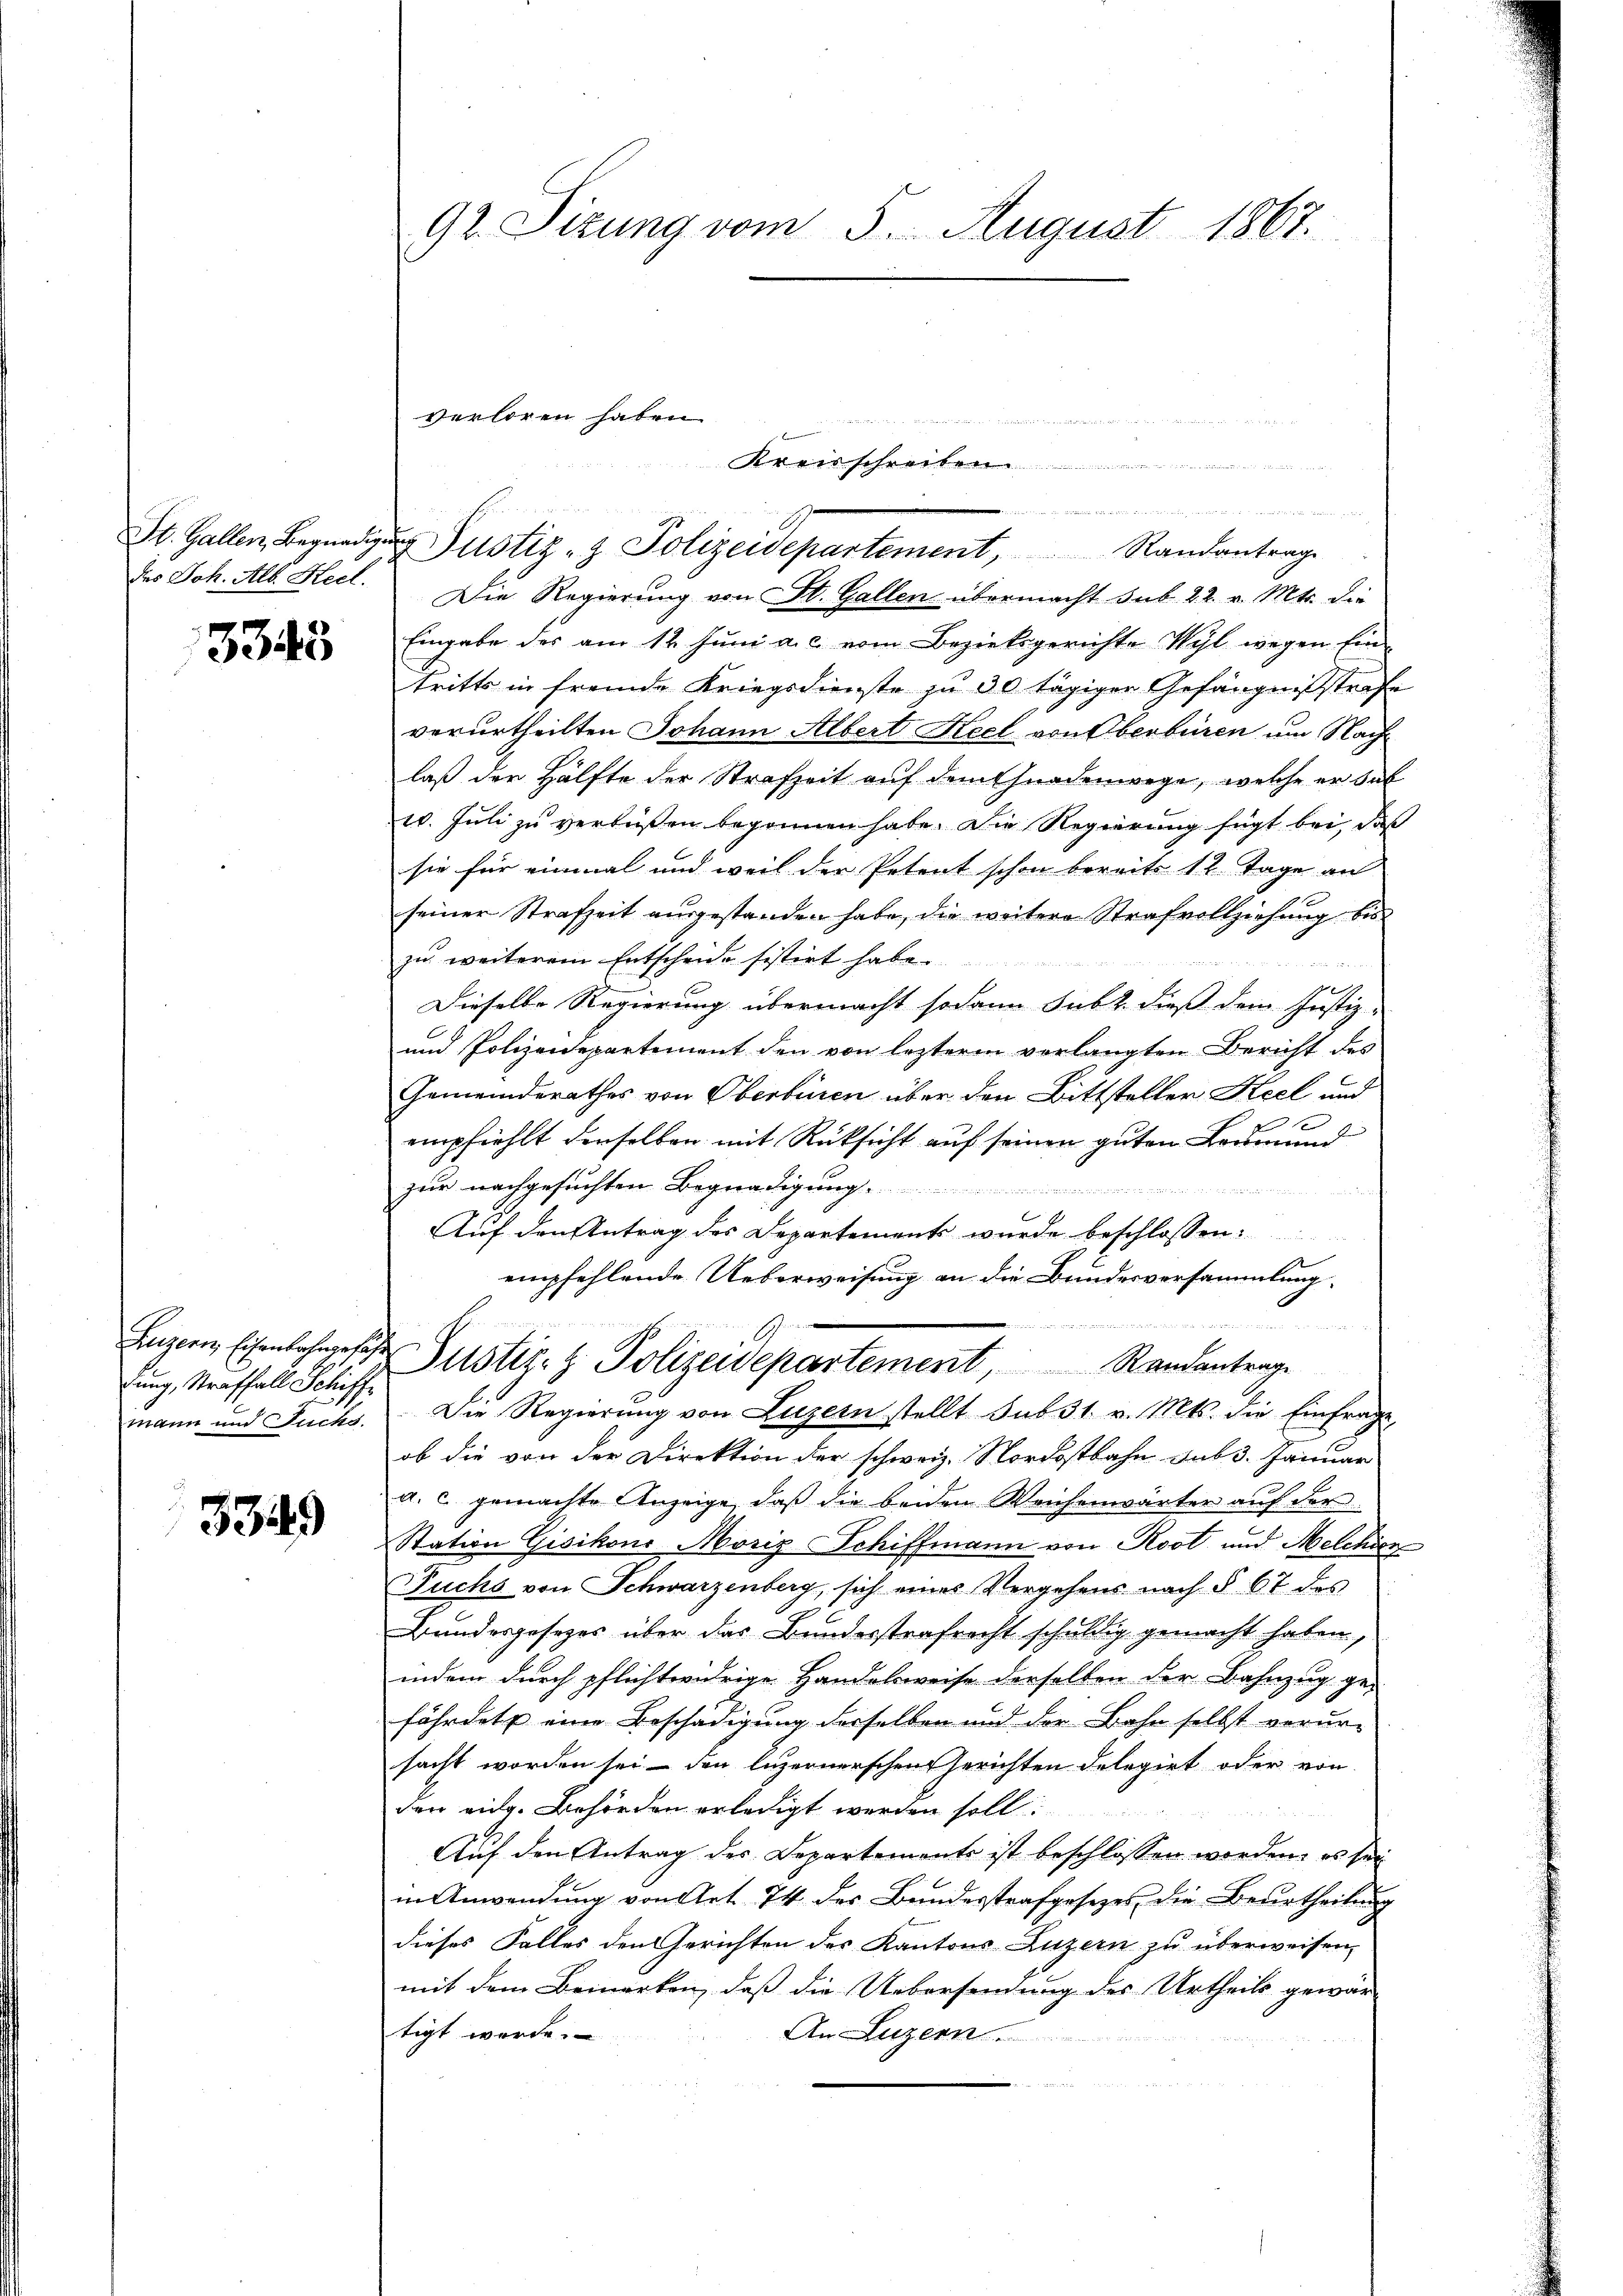
des Joh. Alb. Keel.

3343

Luzern, Eisenbahngesa
dung, Straffall Schiffe
mann und Fuchs.

3349

9t. Sizung vom 5. August 1867.

verloren haben.
a geben hat in der Ge
Kreisschreiben.

Die Regierung von St. Gallen übermacht sub. 22. v. Mts. die
Eingabe des am 12. Juni a. c. vom Bezirksgerichte Wyl wegen Ein-
tritts in fremde Kriegsdienste zu 30 tägiger Gefängnißstrafe
verurtheilten Johann Albert Keel von Oberbüren um Nachlaß der Hälfte der Strafzeit auf dem Gnadenwege, welche er sal
10. Juli zu verbüßen begonnen habe. Die Regierung fügt bei, daß
sie für einmal und weil der Petent schon bereits 12 Tage an
seiner Strafzeit ausgestanden habe, die weitere Strafvollziehung bis
zu weiterem Entscheide sistirt habe.

1
Dieselbe Regierung übermacht sodann subt dieß dem Justiz-
und Polizeidepartement den von lezterm verlangten Bericht des
Gemeinderathes von Oberbenen über den Bittsteller Seel und
empfiehlt derselben mit Rücksicht auf seinen guten Formund
zur nachgesuchten Begnadigung.

Auf den Antrag des Departements wurde beschlossen:
empfehlende Ueberweisung an die Bundesversammlung.
t
d Justiz- & Polizeidepartement, Randantrage
Die Regierŭng von Luzern stellt sub 31. v. Mts. die Einfrage,
ob die von der Direktion der schweiz. Nordostbahn sub 3. Januar
a. c. gemachte Anzeige, daß die beiden Weichenwärter auf der
Station Gisikons Moriz Schiffmann von Rost und Melchie¬
Fuchs von Schwarzenberg, sich eines Vergehens nach § 67 des
Bundesgesezes über das Bundesstrafrecht schuldig gemacht haben,
indem durch pflichtwidrige Handelsweise derselben der Bahnzug ge-
fährdete eine Beschädigung derselben und der Bahn selbst verur-
sacht worden sei – den luzernerschen Gerichten delegirt oder von
der eidg. Behörden erledigt werden soll.
Auf den Antrag des Departements ist beschlossen worden, es sei
in Anwendung von Art. 74 des Bundesstrafgesetzes, die Beurtheilung
dieses Falles den Gerichten des Kantons Luzern zu überweisen,
mit dem Bemerken, daß die Uebersendung des Urtheils gewär-
tigt werde.
An Luzern.

St. Gallen Begnad Justiz- & Polizeidepartement, Randantrag

n